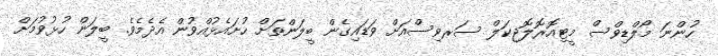
ހުންނަ މޯލްޑިވްސް މީޓިއޮރޮލޮޖިކަލް ސަރވިސްއަށް ވަޑައިގެން ބީލަންތަށް ހުށައެޅުއްވުން އެދެމެވެ. ބީލަން ހުޅުވުމަށް